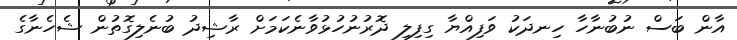
އާން ބަސް ނުބުނާހާ ހިނދަކު ވަފިއްޔާ ގިފިލި ދޮރުނުހުޅުވާނެކަމަށް ރާޝިދު ބުނެލިގޮތުން ޝެހެނާގެ